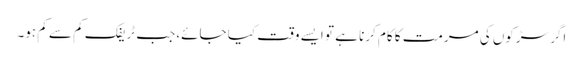
اگر سڑکوں کی مرمت کا کام کرنا ہے تو ایسے وقت کیا جائے، جب ٹریفک کم سے کم ہو۔